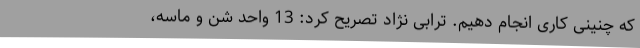
که چنینی کاری انجام دهیم. ترابی نژاد تصریح کرد: 13 واحد شن و ماسه،